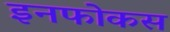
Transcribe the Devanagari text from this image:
इनफोकस